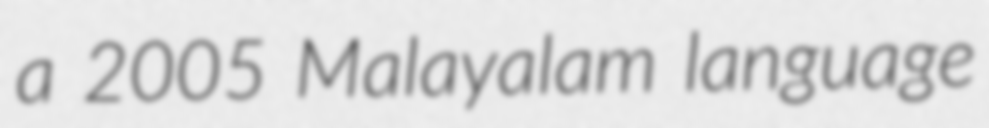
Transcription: a 2005 Malayalam language